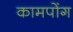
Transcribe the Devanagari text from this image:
कामपोंग